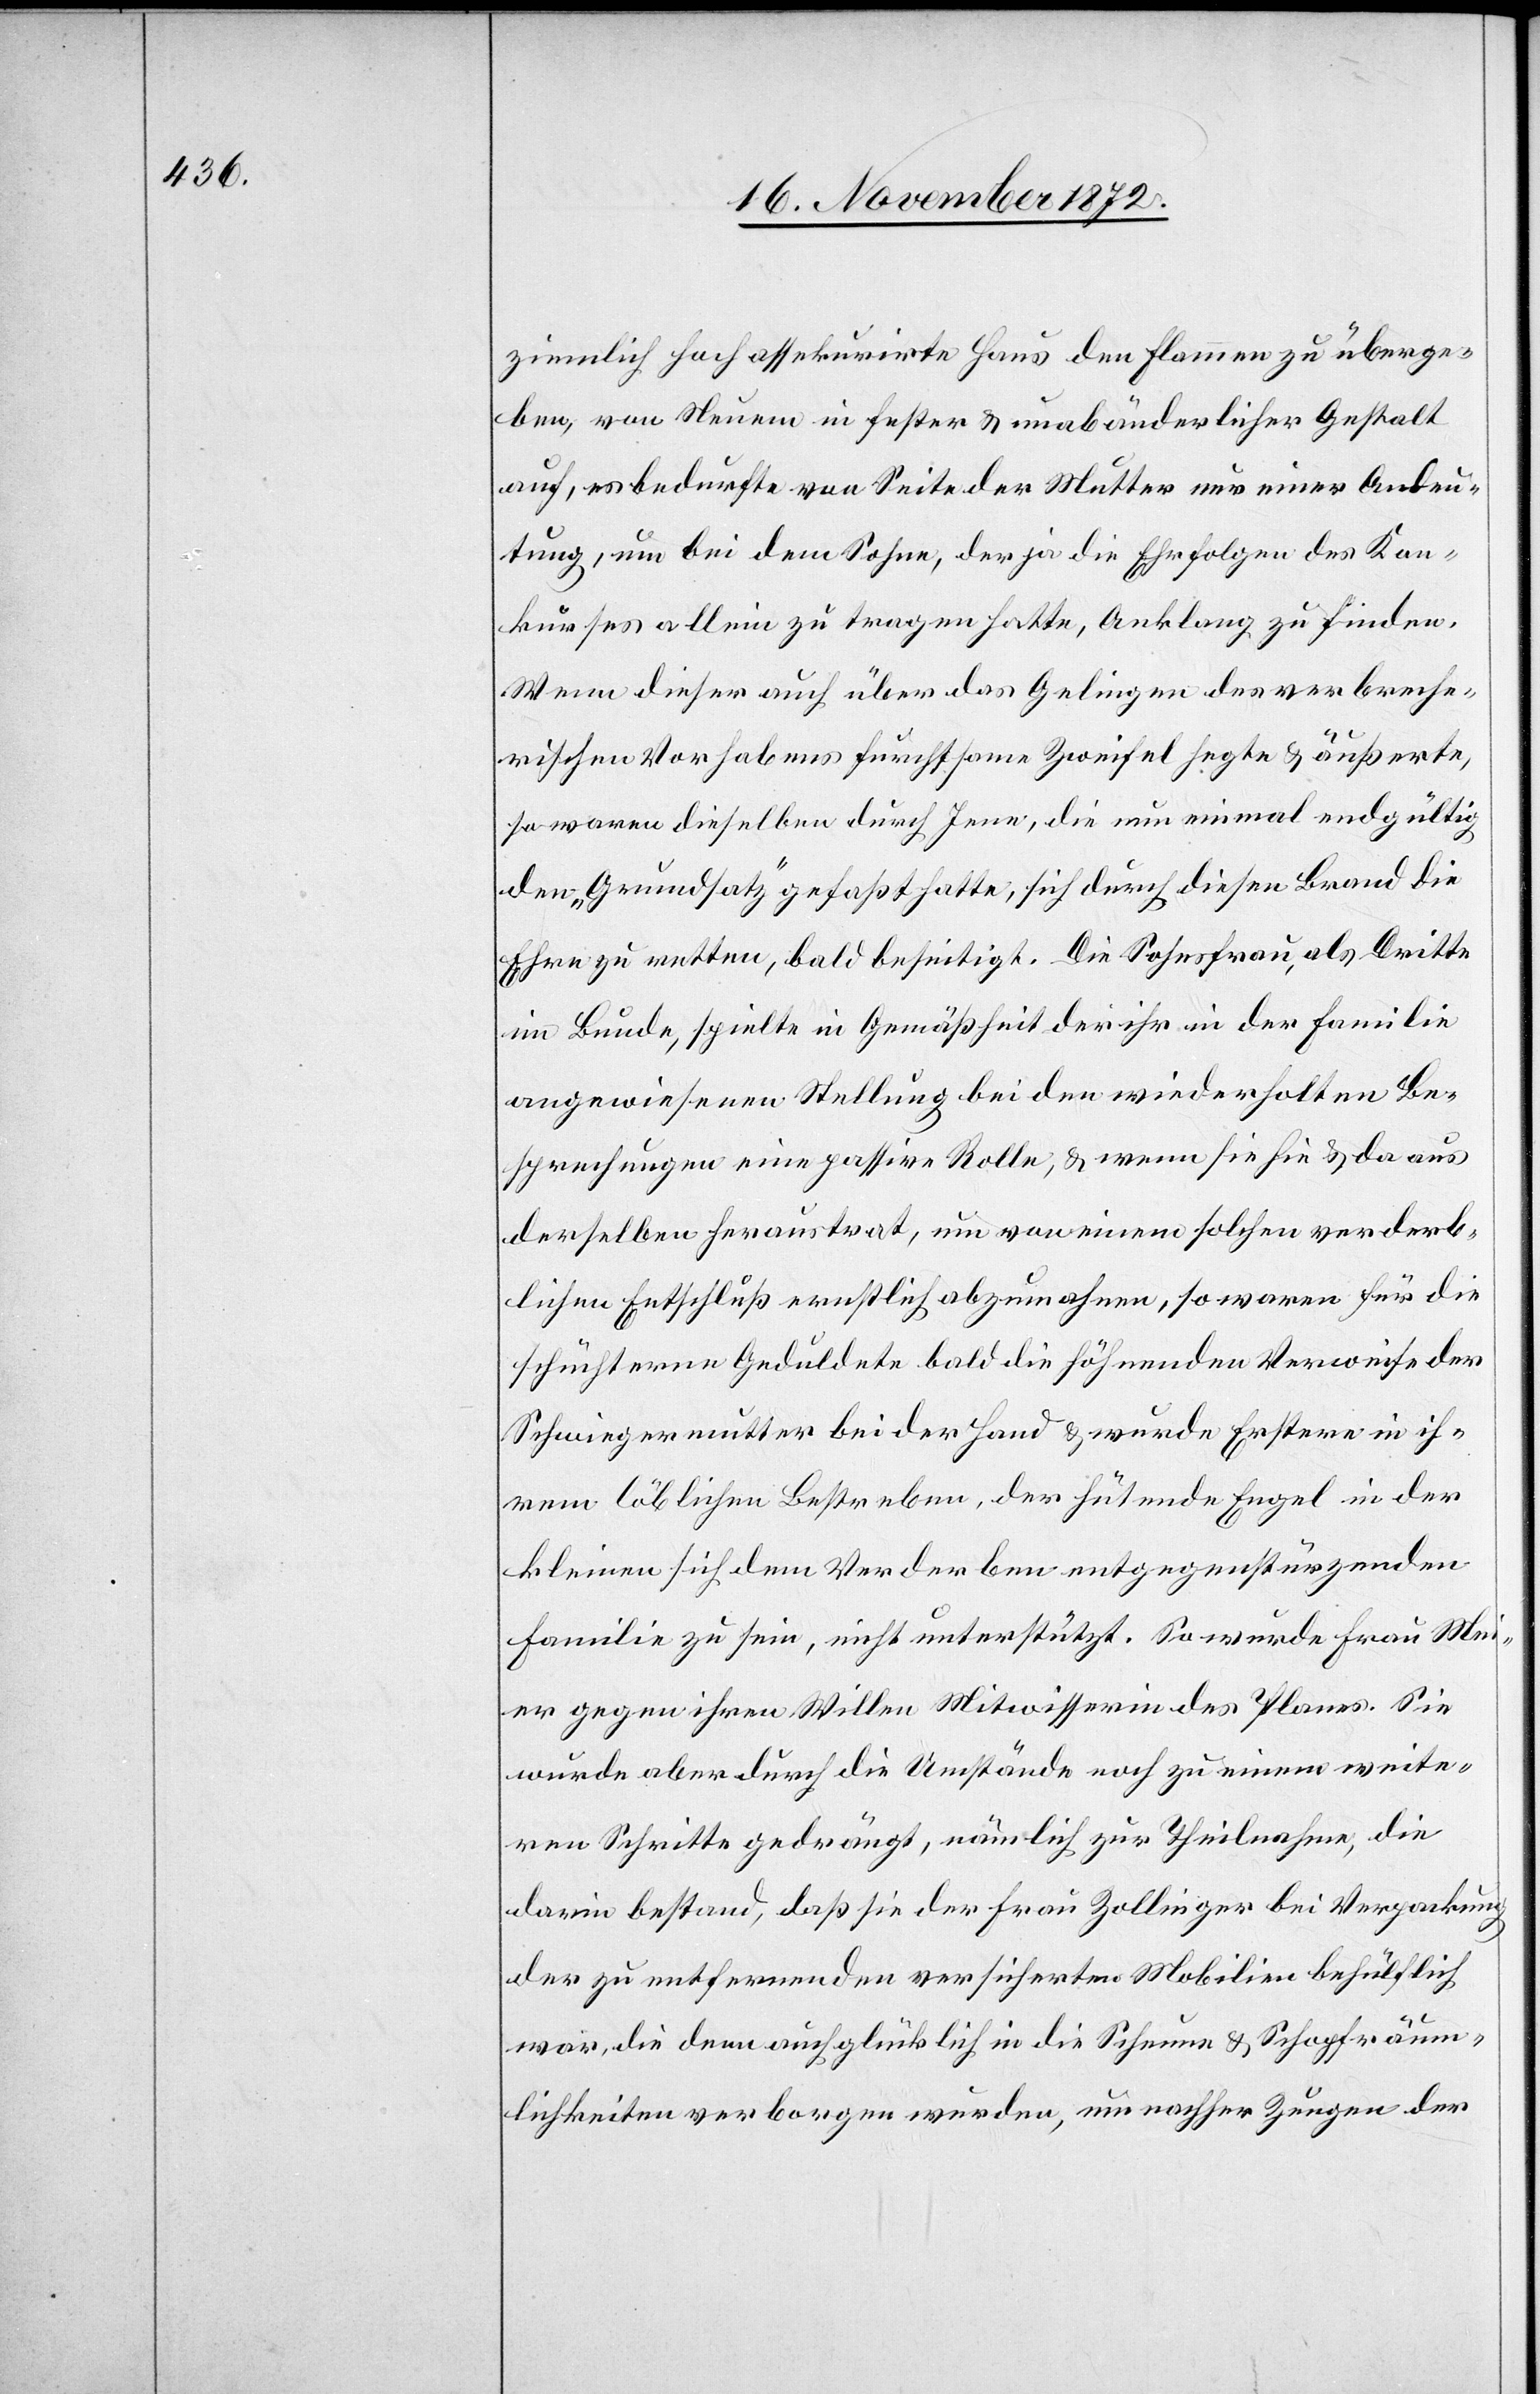
ziemlich hoch assekurirte Haus den Flammen zu überge¬
ben, von Neuem in fester u. unabänderlicher Gestalt
auf, es bedurfte von Seite der Mutter nur einer Andeu¬
tung, um bei dem Sohne, der ja die Ehrfolgen des Kon¬
kurses allein zu tragen hatte, Anklang zu finden.
Wenn dieser auch über das Gelingen des verbreche¬
rischen Vorhabens furchtsame Zweifel hegte u. äußerte,
so waren dieselben durch Jene, die nun einmal endgültig
den „Grundsatz“ gefaßt hatte, sich durch diesen Brand die
Ehre zu retten, bald beseitigt. Die Sohnsfrau, als Dritte
im Bunde, spielte in Gemäßheit der ihr in der Familie
angewiesenen Stellung bei den wiederholten Be¬
sprechungen eine passive Rolle, u. wenn sie hin u. da aus
denselben heraustrat, um von einem solchen verderb¬
lichen Entschluß ernstlich abzumahnen, so waren für die
schüchterne Geduldete bald die höhnenden Verweise der
Schwiegermutter bei der Hand u. wurde Erstere in ih¬
rem löblichen Bestreben, der hütende Engel in der
kleinen sich dem Verderben entgegenstürzenden
Familie zu sein, nicht unterstützt. So wurde Frau Mei¬
er gegen ihren Willen Mitwisserin des Planes. Sie
wurde aber durch die Umstände noch zu einem weite¬
ren Schritte gedrängt, nämlich zur Theilnahme, die
darin bestand, daß sie der Frau Zollinger bei Verpackung
der zu entfernenden versicherten Mobilien behülflich
war, die denn auch glücklich in die Scheune u. Schopfräum¬
lichkeiten verborgen wurden, um nachher Zeugen der